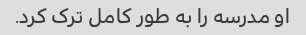
او مدرسه را به طور کامل ترک کرد.